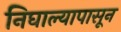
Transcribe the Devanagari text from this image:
निघाल्यापासून